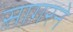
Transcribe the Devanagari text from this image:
सागरने